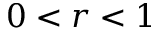
0 < r < 1